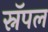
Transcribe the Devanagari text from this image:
स्नॅपल